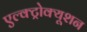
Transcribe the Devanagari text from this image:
एल्क्ट्रोक्यूशन